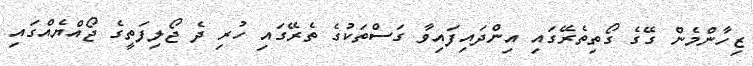
ޒިހާންމެން ގޭގެ ގޯތިތެރޭގައި އިންދައިފައިވާ ގަސްތަކުގެ ތެރޭގައި ހުރި ދެ ޖޯލިފަތީގެ ޖޯއްޔެއްގައި